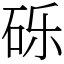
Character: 砾